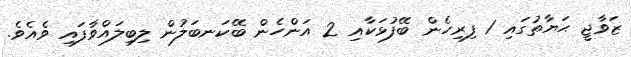
ޒަވާޖީ ޙަޔާތުގައި 1 ފިރިހެން ބޭފުޅަކާއި 2 އަންހެން ބޭކަނބަލުން ލިބިލައްވާފައި ވެއެވެ.